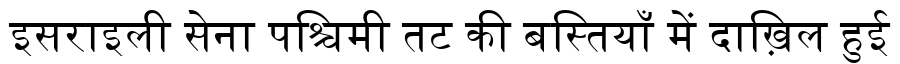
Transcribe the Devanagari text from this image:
इसराइली सेना पश्चिमी तट की बस्तियाँ में दाख़िल हुई